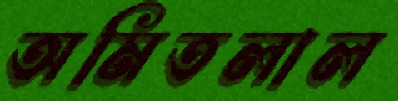
অমিতলাল